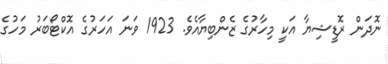
ނޮދަން ރޮޑީޝިޔާ އަކީ މިހާރުގެ ޒެންބިޔާއެވެ. 1923 ވަނަ އަހަރުގެ އޮކްޓޯބަރު މަހުގެ